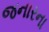
જનારના